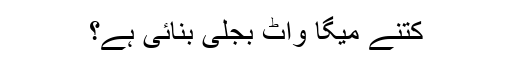
کتنے میگا واٹ بجلی بنائی ہے؟